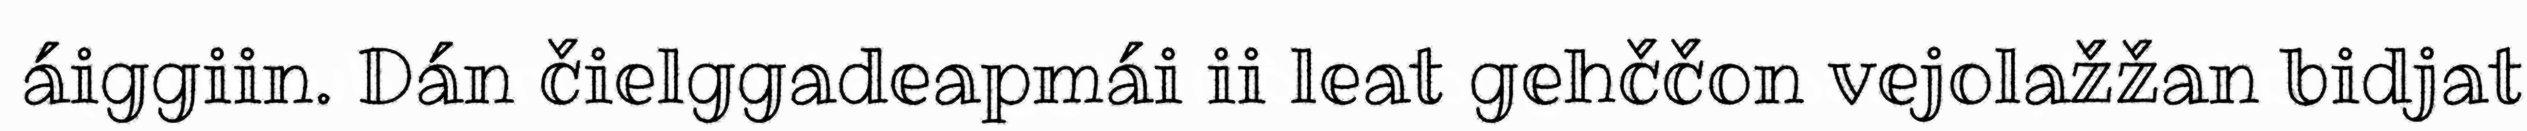
áiggiin. Dán čielggadeapmái ii leat gehččon vejolažžan bidjat